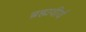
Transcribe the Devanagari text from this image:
ब्रह्मवीर्य